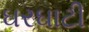
ઘરઘાટી